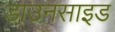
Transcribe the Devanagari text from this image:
डाउनसाइड